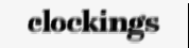
clockings